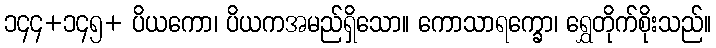
၁၄၄+၁၄၅+ ပိယကော၊ ပိယကအမည်ရှိသော။ ကောသာရက္ခော၊ ရွှေတိုက်စိုးသည်။